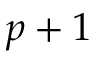
p + 1